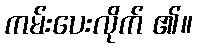
ကမ်းပေးလိုက် ၏။